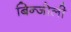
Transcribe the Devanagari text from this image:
बिन्जोली